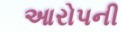
આરોપની